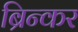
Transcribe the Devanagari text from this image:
ब्रिन्कर